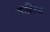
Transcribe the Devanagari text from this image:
मोनिवा